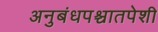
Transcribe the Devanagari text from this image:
अनुबंधपश्चातपेशी